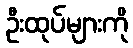
ဦးထုပ်များကို